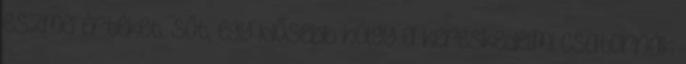
eszmei értéket. Sőt, egy idősebb hölgy a kereskedelmi csatornák